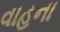
વાહના